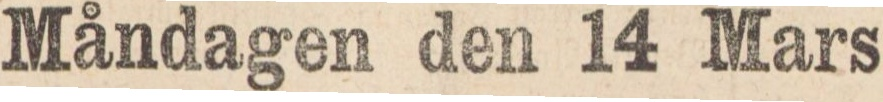
Måndagen den 14 Mars